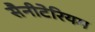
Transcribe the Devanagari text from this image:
सैनीटेरियम